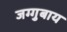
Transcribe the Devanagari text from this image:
जग्गुबाय